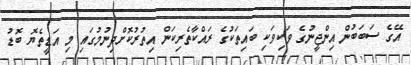
އޭގެ ސަބަބުން އިންޖީނުގެ ވަކިވަކި ބައިތަކުގެ ރައްކާތެރިކަން އިތުރުކޮށްދިނުމުގައި މި އަޑީތެޔޮ ބޮޑު